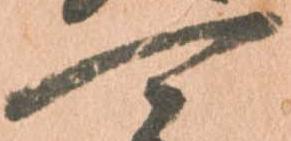
可